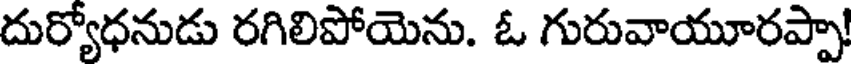
దుర్యోధనుడు రగిలిపోయెను. ఓ గురువాయూరప్పా!